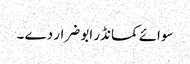
سوائے کمانڈر ابو ضرار دے ۔